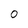
Character: 0